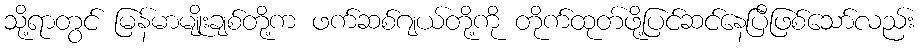
သို့ရာတွင် မြန်မာမျိုးချစ်တို့က ဖက်ဆစ်ဂျယ်တို့ကို တိုက်ထုတ်ဖို့ပြင်ဆင်နေပြီဖြစ်သော်လည်း